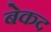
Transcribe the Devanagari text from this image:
बेकद